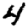
Digit: 4